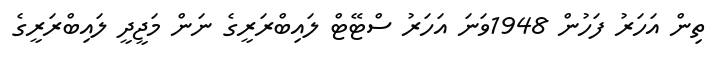
ތިން އަހަރު ފަހުން 1948ވަނަ އަހަރު ސްޓޭޓް ލައިބްރަރީގެ ނަން މަޖީދީ ލައިބްރަރީގެ